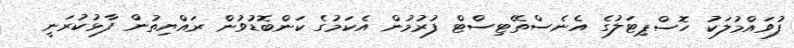
ފުވައްމުލަކު ހޮސްޕިޓަލުގެ އެނެސްތޭޓިސްޓް ފުރުމުން އެކަމުގެ ކަންބޮޑުވުން ރައްޔިތުން ފާޅުކުރަނީ